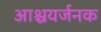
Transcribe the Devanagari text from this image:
आश्चयर्जनक